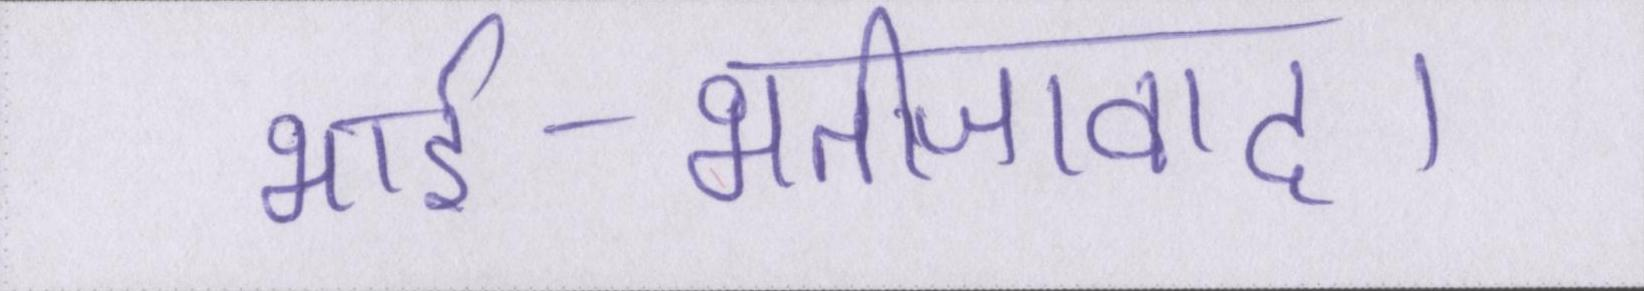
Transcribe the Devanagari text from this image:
भार्इ-भतीजावाद।